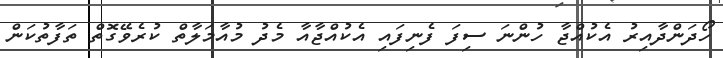
ހޯދަންދާއިރު އެކުއްޖާ ހުންނަ ސިފަ ފެނިފައި އެކުއްޖާއާ މެދު މުއާމަލާތް ކުރެވޭގޮތް ތަފާތުކަން